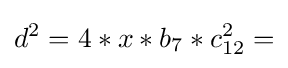
d^{2}=4*x*b_{7}*c_{12}^{2}=